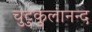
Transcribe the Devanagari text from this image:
चुटुकुलानन्द